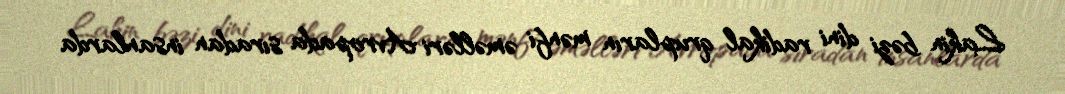
Lakin bəzi dini radikal qrupların mənfi əməlləri Avropada sıradan insanlarda